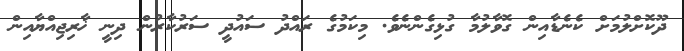
ދޫކޮށްލުމަށް ކެނެޑާއިން ގޮވާލުމާ ގުޅިގެންނެވެ. މިކަމުގެ ރައްދު ސައުދީ ސަރުކާރުން ދިނީ ޚާރިޖިއްޔާއިން